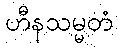
ဟီနသမ္မတံ